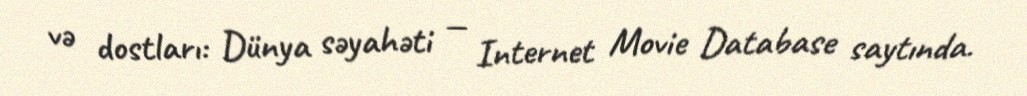
və dostları: Dünya səyahəti — Internet Movie Database saytında.